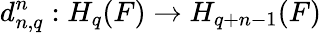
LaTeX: d_{n,q}^{n}:H_{q}(F)\to H_{q+n-1}(F)